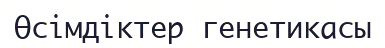
Өсімдіктер генетикасы